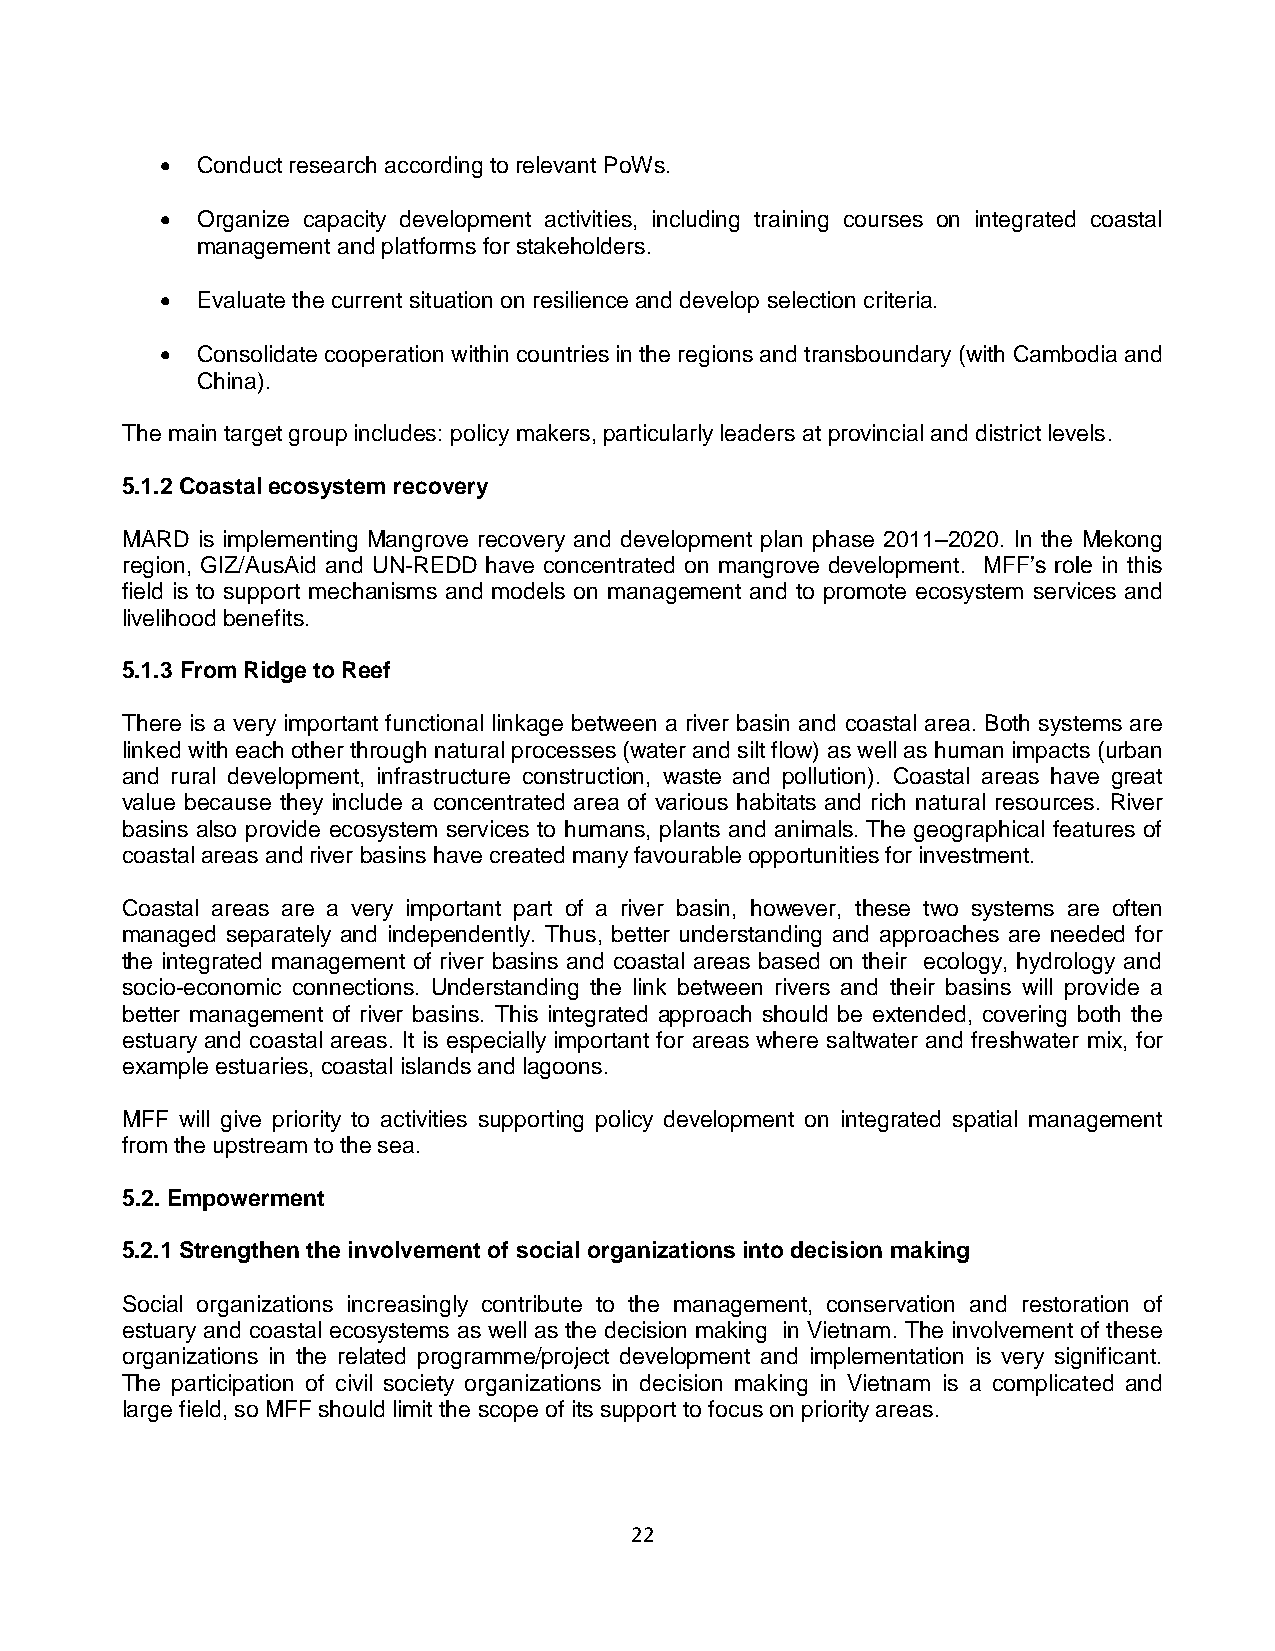
 Conduct research according to relevant PoWs.
  Organize capacity development activities, including training courses on integrated coastal
 management and platforms for stakeholders.
  Evaluate the current situation on resilience and develop selection criteria.
  Consolidate cooperation within countries in the regions and transboundary (with Cambodia and
 China).
 The main target group includes: policy makers, particularly leaders at provincial and district levels.
 5.1.2 Coastal ecosystem recovery
 MARD is implementing Mangrove recovery and development plan phase 2011–2020. In the Mekong
 region, GIZ/AusAid and UN-REDD have concentrated on mangrove development. MFF’s role in this
 field is to support mechanisms and models on management and to promote ecosystem services and
 livelihood benefits.
 5.1.3 From Ridge to Reef
 There is a very important functional linkage between a river basin and coastal area. Both systems are
 linked with each other through natural processes (water and silt flow) as well as human impacts (urban
 and rural development, infrastructure construction, waste and pollution). Coastal areas have great
 value because they include a concentrated area of various habitats and rich natural resources. River
 basins also provide ecosystem services to humans, plants and animals. The geographical features of
 coastal areas and river basins have created many favourable opportunities for investment.
 Coastal areas are a very important part of a river basin, however, these two systems are often
 managed separately and independently. Thus, better understanding and approaches are needed for
 the integrated management of river basins and coastal areas based on their ecology, hydrology and
 socio-economic connections. Understanding the link between rivers and their basins will provide a
 better management of river basins. This integrated approach should be extended, covering both the
 estuary and coastal areas. It is especially important for areas where saltwater and freshwater mix, for
 example estuaries, coastal islands and lagoons.
 MFF will give priority to activities supporting policy development on integrated spatial management
 from the upstream to the sea.
 5.2. Empowerment
 5.2.1 Strengthen the involvement of social organizations into decision making
 Social organizations increasingly contribute to the management, conservation and restoration of
 estuary and coastal ecosystems as well as the decision making in Vietnam. The involvement of these
 organizations in the related programme/project development and implementation is very significant.
 The participation of civil society organizations in decision making in Vietnam is a complicated and
 large field, so MFF should limit the scope of its support to focus on priority areas.
 22